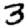
Digit: 3